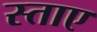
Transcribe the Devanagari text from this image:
स्ताए